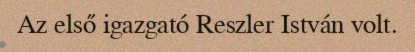
Az első igazgató Reszler István volt.